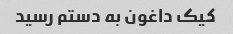
کیک داغون به دستم رسید